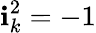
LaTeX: \textbf{i}_{k}^{2}=-1